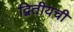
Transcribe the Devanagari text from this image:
द्वितीयची